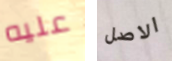
عليه الاصل